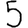
Digit: 5